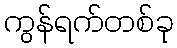
ကွန်ရက်တစ်ခု